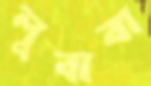
লুবাবা